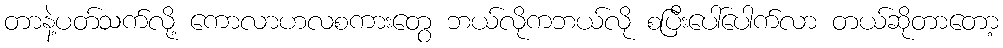
တာနဲ့ပတ်သက်လို့ ကောလာဟလစကားတွေ ဘယ်လိုကဘယ်လို စပြီးပေါ်ပေါက်လာ တယ်ဆိုတာတော့